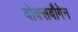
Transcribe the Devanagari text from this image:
वोक्सवौगेन